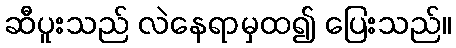
ဆီပူးသည် လဲနေရာမှထ၍ ပြေးသည်။